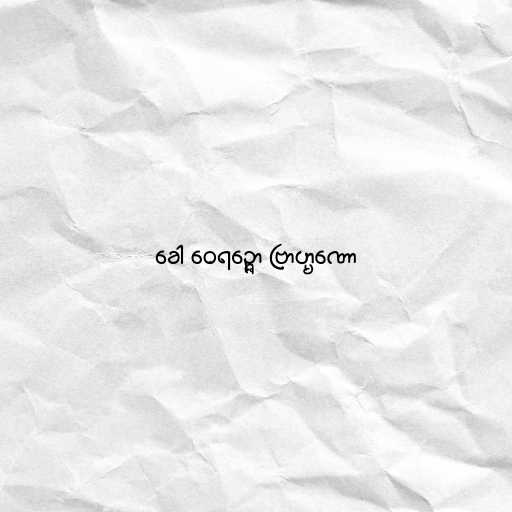
ခေါ ဝေရဉ္ဇော ဗြာဟ္မဏော